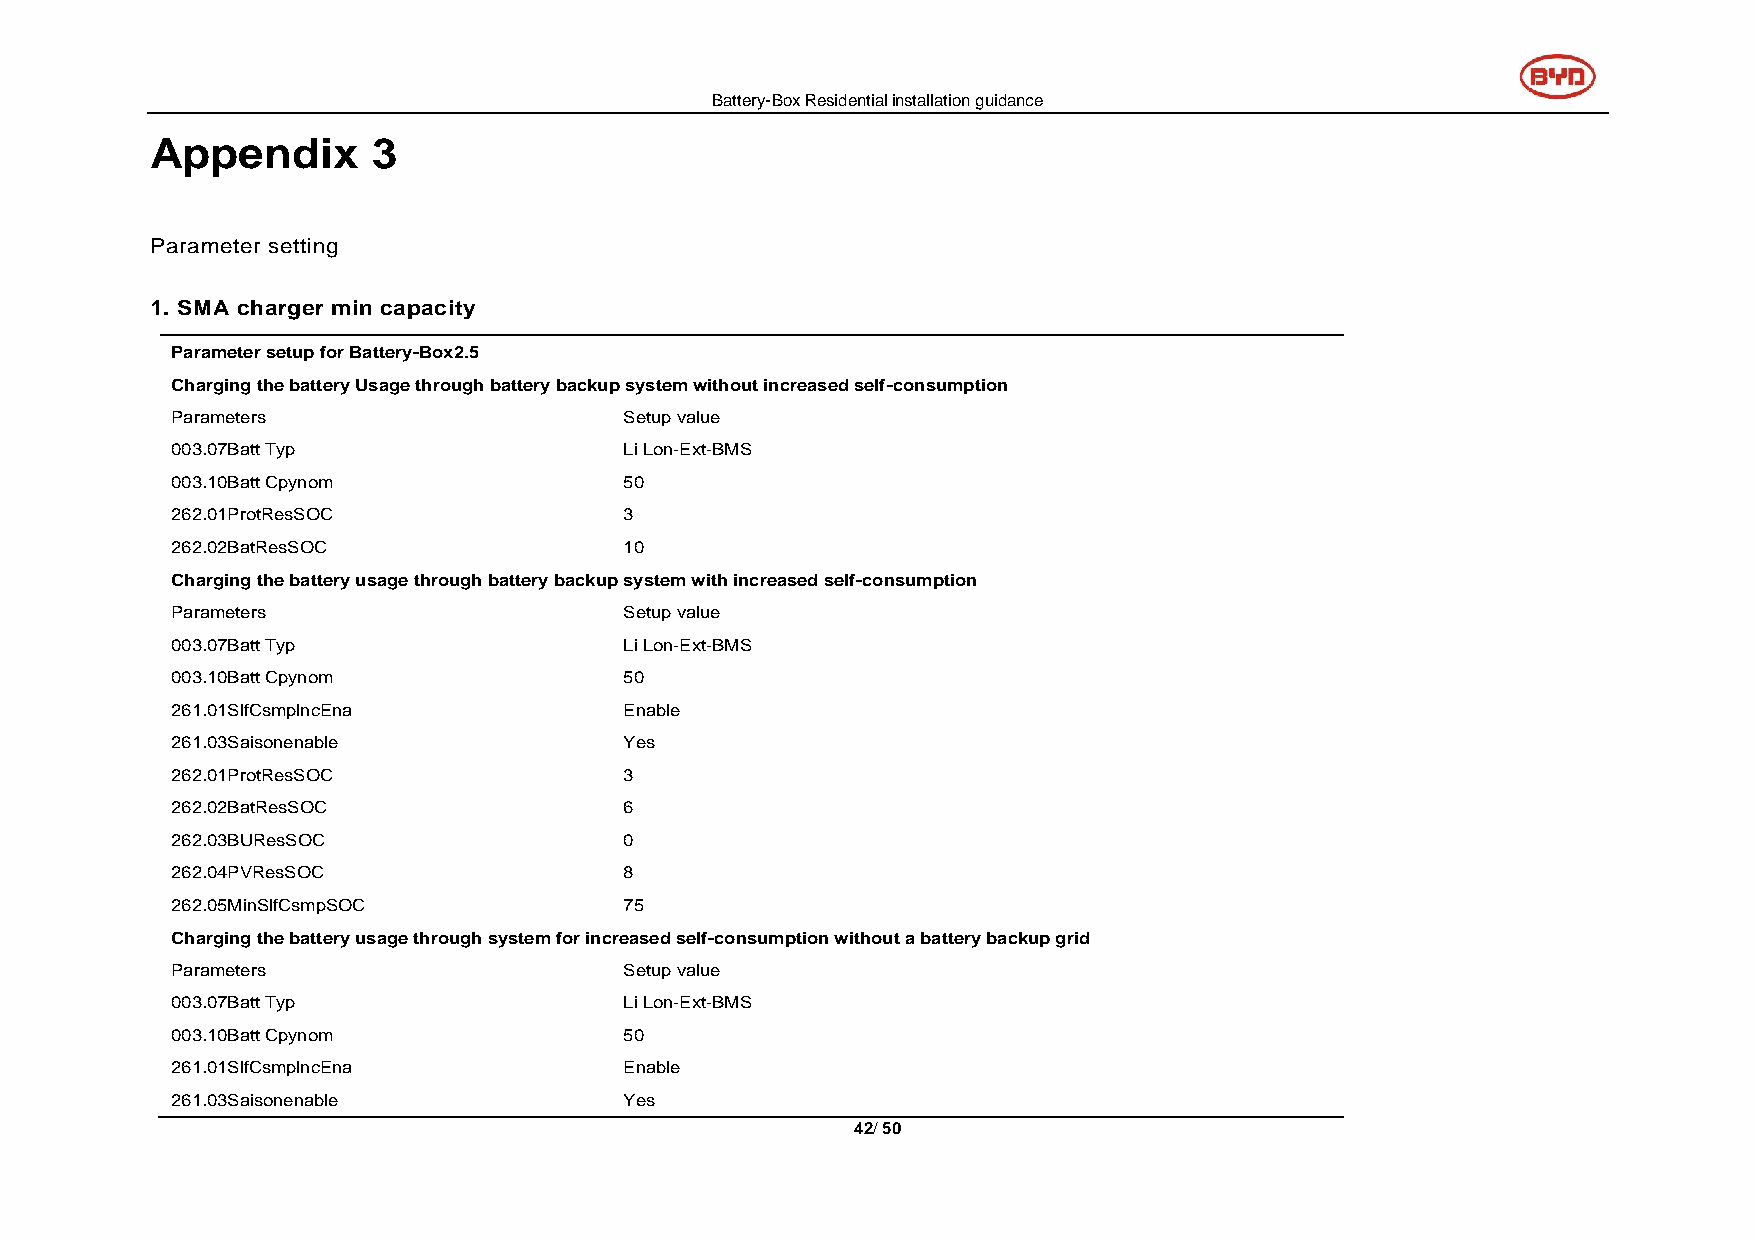
Battery-Box Residential installation guidance
 Appendix       3
 Parameter setting
 1. SMA charger min capacity
 Parameter setup for Battery-Box2.5
 Charging the battery Usage through battery backup system without increased self-consumption
 Parameters                    Setup value
 003.07Batt Typ                Li Lon-Ext-BMS
 003.10Batt Cpynom             50
 262.01ProtResSOC              3
 262.02BatResSOC               10
 Charging the battery usage through battery backup system with increased self-consumption
 Parameters                    Setup value
 003.07Batt Typ                Li Lon-Ext-BMS
 003.10Batt Cpynom             50
 261.01SlfCsmplncEna           Enable
 261.03Saisonenable            Yes
 262.01ProtResSOC              3
 262.02BatResSOC               6
 262.03BUResSOC                0
 262.04PVResSOC                8
 262.05MinSlfCsmpSOC           75
 Charging the battery usage through system for increased self-consumption without a battery backup grid
 Parameters                    Setup value
 003.07Batt Typ                Li Lon-Ext-BMS
 003.10Batt Cpynom             50
 261.01SlfCsmplncEna           Enable
 261.03Saisonenable            Yes
 42/ 50